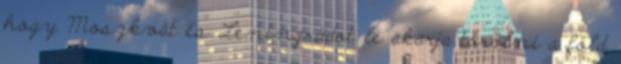
hogy Moszkvát és Leningrádot le akarja törölni a föld